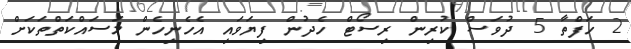
2 ހަފްތާ 5 ދުވަސް ކުރިން ރިސޯޓް ހެދުން ފިޔަވައި އެހެނިހެން މަސައްކަތްތަކަށް